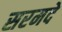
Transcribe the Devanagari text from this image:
सरमदे